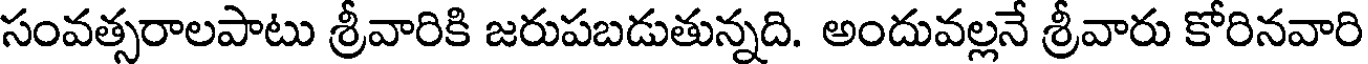
సంవత్సరాలపాటు శ్రీవారికి జరుపబడుతున్నది. అందువల్లనే శ్రీవారు కోరినవారి